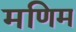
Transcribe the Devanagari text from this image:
मणिम